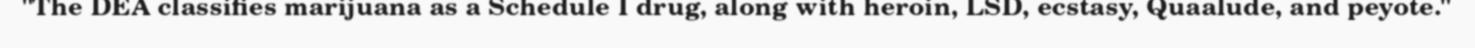
"The DEA classifies marijuana as a Schedule I drug, along with heroin, LSD, ecstasy, Quaalude, and peyote."